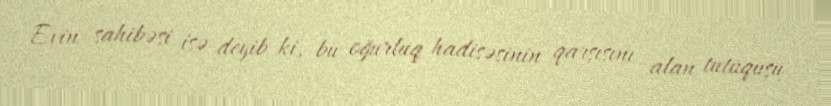
Evin sahibəsi isə deyib ki, bu oğurluq hadisəsinin qarşısını alan tutuquşu